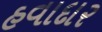
હવાદાર